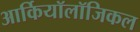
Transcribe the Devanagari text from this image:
आर्कियॉलॉजिकल